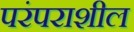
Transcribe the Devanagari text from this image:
परंपराशील